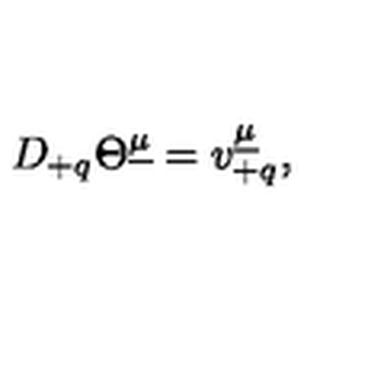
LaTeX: D _ { + q } \Theta ^ { \underline { { \mu } } } = v _ { + q } ^ { \underline { { \mu } } } ,